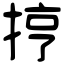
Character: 㧸